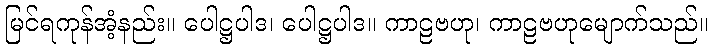
မြင်ရကုန်အံ့နည်း။ ပေါဋ္ဌပါဒ၊ ပေါဋ္ဌပါဒ။ ကာဠဗဟု၊ ကာဠဗဟုမျောက်သည်။